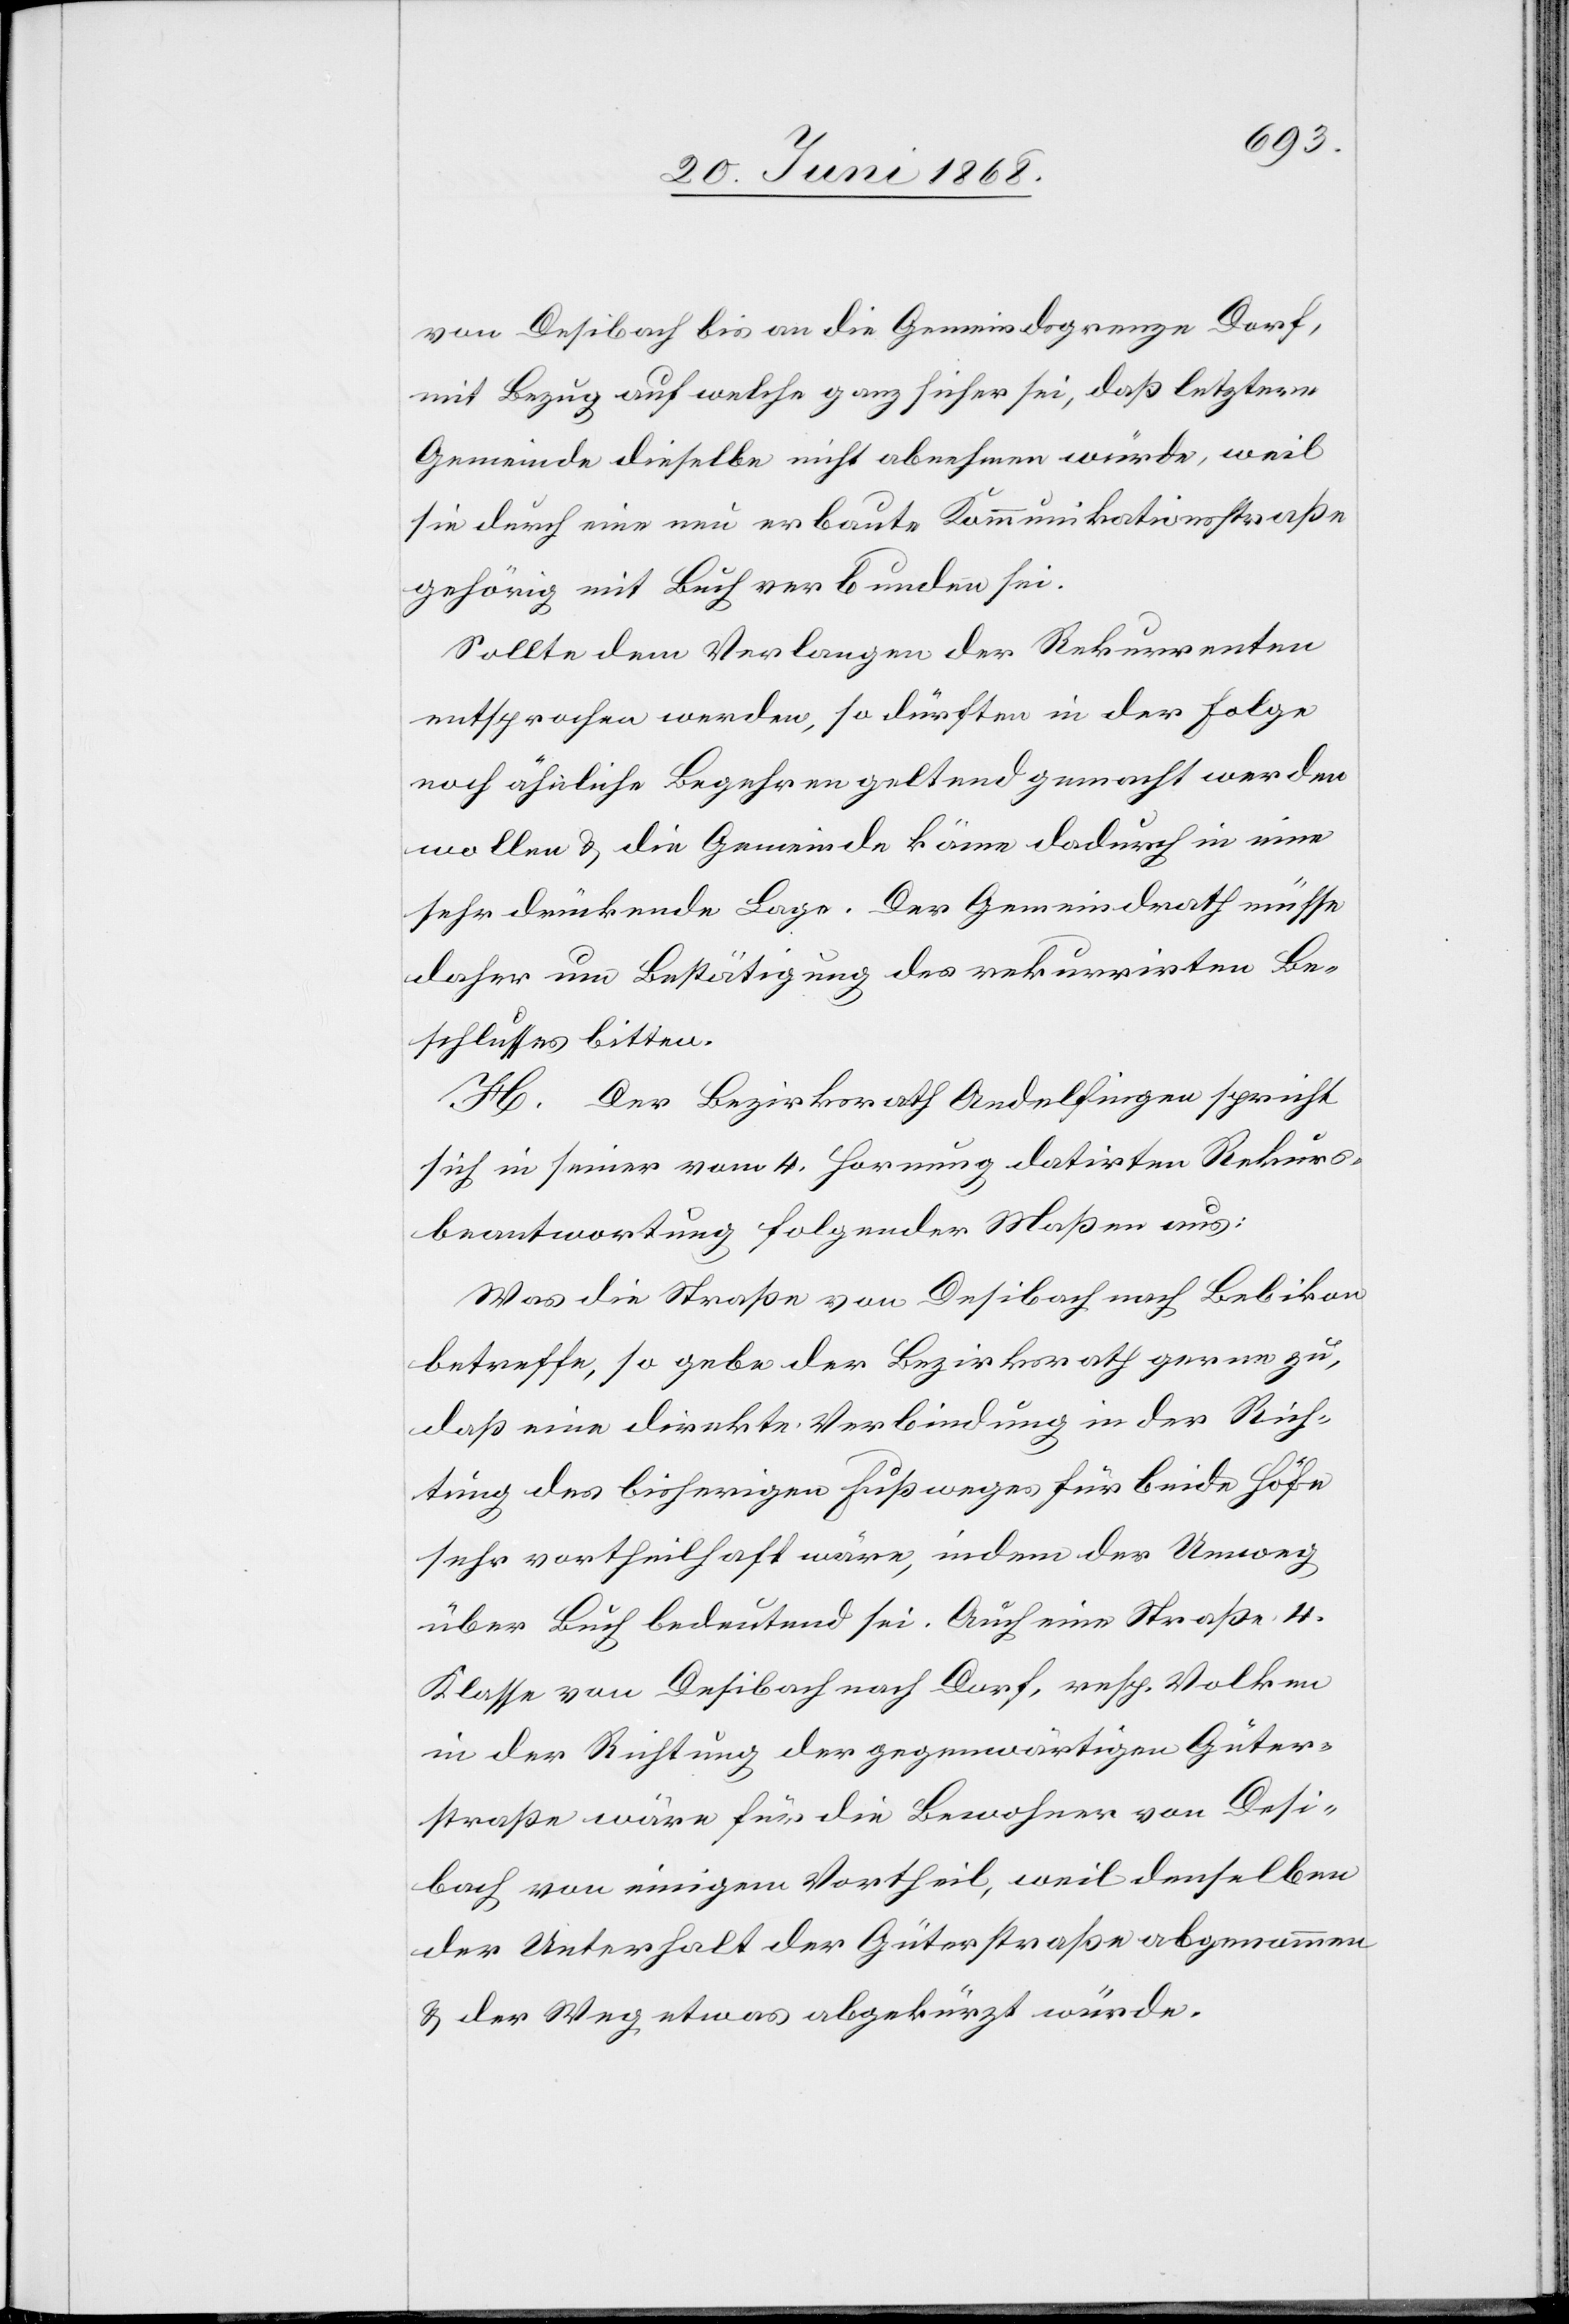
von Desibach bis an die Gemeindsgrenze Dorf,
mit Bezug auf welche ganz sicher sei, daß letztere
Gemeinde dieselbe nicht abnehmen würde, weil
sie durch eine neu erbaute Kommunikationsstraße
gehörig mit Buch verbunden sei.
Sollte dem Verlangen der Rekurrenten
entsprochen werden, so dürften in der Folge
noch ähnliche Begehren geltend gemacht werden
wollen & die Gemeinde käme dadurch in eine
sehr drückende Lage. Der Gemeindrath müsse
daher um Bestätigung des rekurrirten Be¬
schlusses bitten.
H. Der Bezirksrath Andelfingen spricht
sich in seiner vom 4. Hornung datirten Rekurs¬
beantwortung folgender Maßen aus:
Was die Straße von Desibach nach Bebikon
betreffe, so gebe der Bezirksrath gerne zu,
daß eine direkte Verbindung in der Rich¬
tung des bisherigen Fußweges für beide Höfe
sehr vortheilhaft wäre, indem der Umweg
über Buch bedeutend sei. Auch eine Straße 4.
Klasse von Desibach nach Dorf, resp. Volken
in der Richtung der gegenwärtigen Güter¬
straße wäre für die Bewohner von Desi¬
bach von einigem Vortheil, weil denselben
der Unterhalt der Güterstraße abgenommen
& der Weg etwas abgekürzt würde.